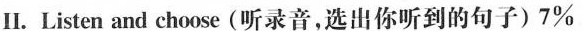
II.Listen and choose(听录音,选出你听到的句子)7%